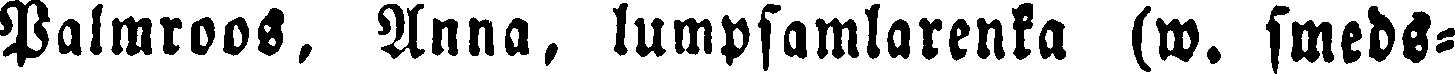
Palmroos, Anna, lumpsamlarenka (w. smeds-